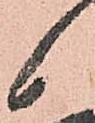
候